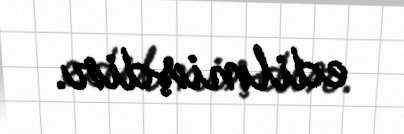
edilmişdir.